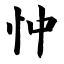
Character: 忡